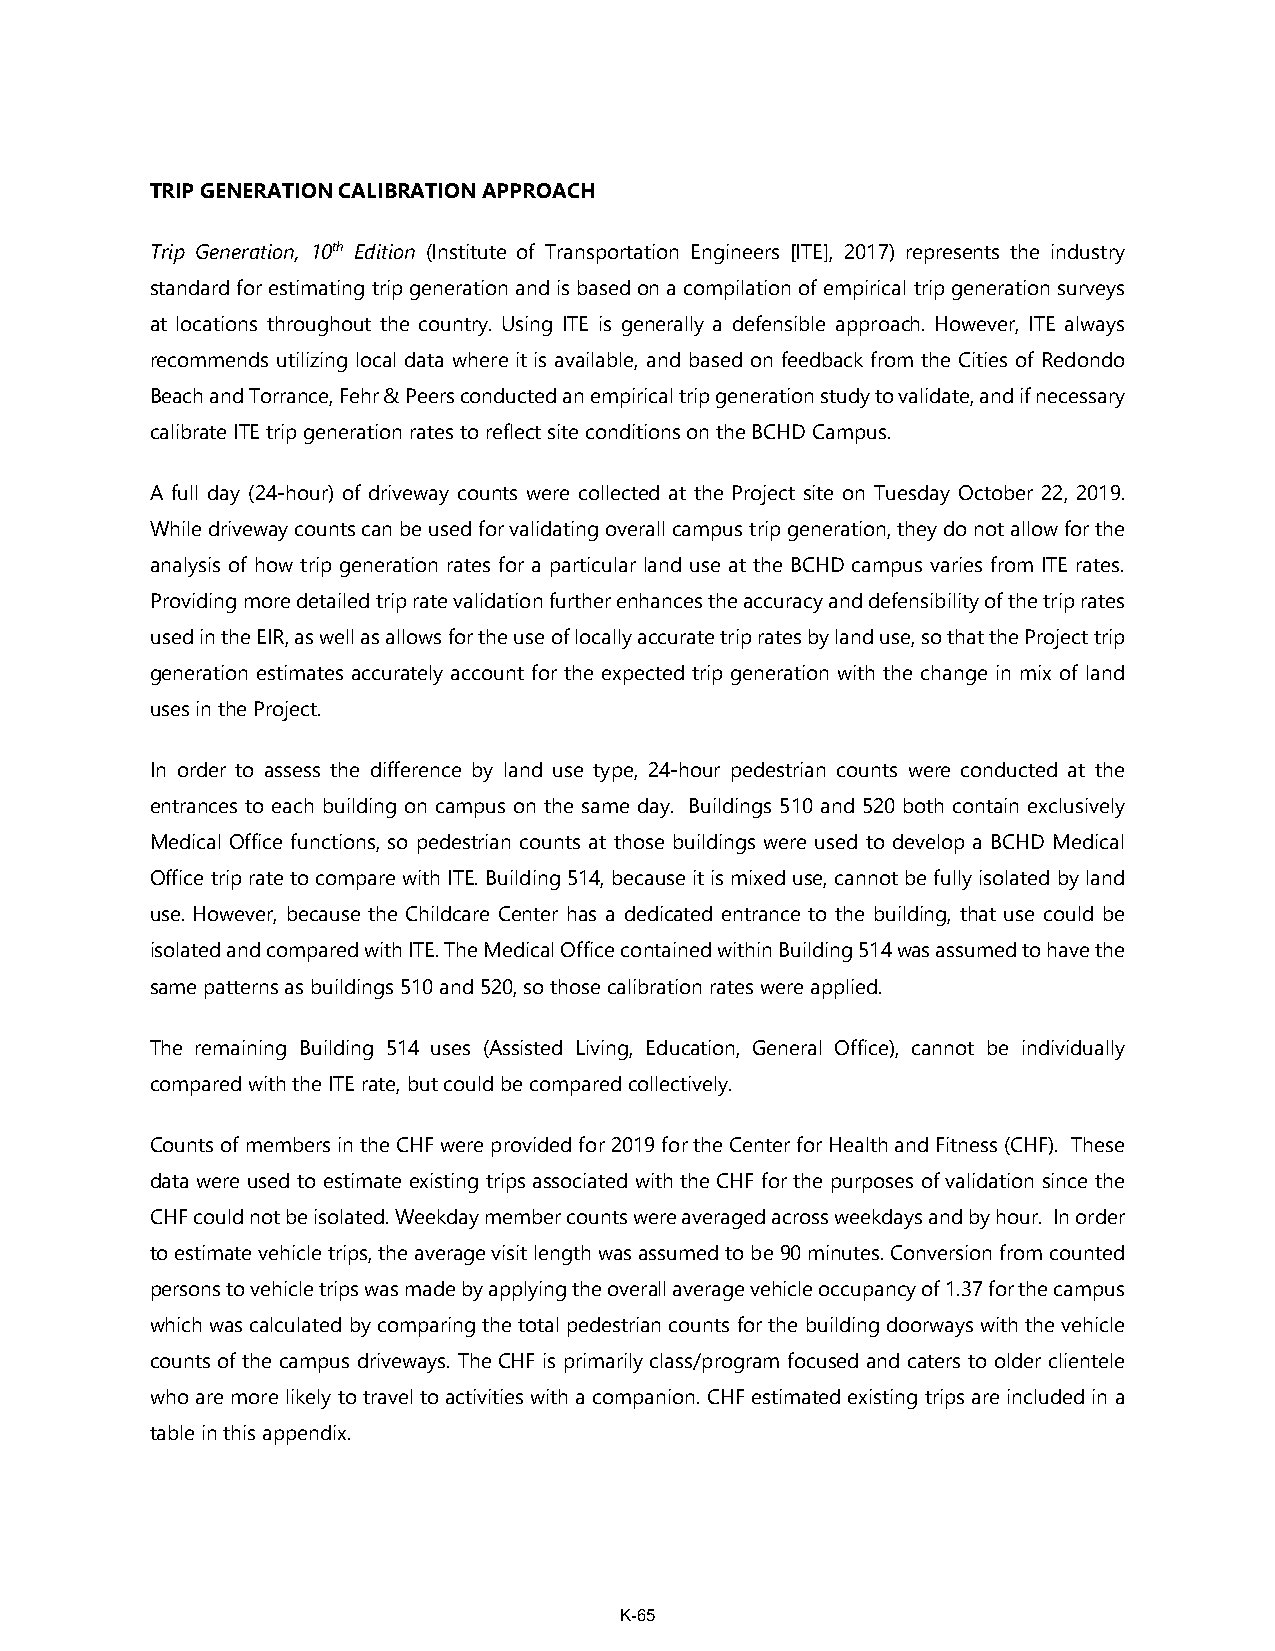
TRIP GENERATION CALIBRATION APPROACH
 Trip Generation, 10th Edition (Institute of Transportation Engineers [ITE], 2017) represents the industry
 standard for estimating trip generation and is based on a compilation of empirical trip generation surveys
 at locations throughout the country. Using ITE is generally a defensible approach. However, ITE always
 recommends utilizing local data where it is available, and based on feedback from the Cities of Redondo
 Beach and Torrance, Fehr & Peers conducted an empirical trip generation study to validate, and if necessary
 calibrate ITE trip generation rates to reflect site conditions on the BCHD Campus.
 A full day (24-hour) of driveway counts were collected at the Project site on Tuesday October 22, 2019.
 While driveway counts can be used for validating overall campus trip generation, they do not allow for the
 analysis of how trip generation rates for a particular land use at the BCHD campus varies from ITE rates.
 Providing more detailed trip rate validation further enhances the accuracy and defensibility of the trip rates
 used in the EIR, as well as allows for the use of locally accurate trip rates by land use, so that the Project trip
 generation estimates accurately account for the expected trip generation with the change in mix of land
 uses in the Project.
 In order to assess the difference by land use type, 24-hour pedestrian counts were conducted at the
 entrances to each building on campus on the same day. Buildings 510 and 520 both contain exclusively
 Medical Office functions, so pedestrian counts at those buildings were used to develop a BCHD Medical
 Office trip rate to compare with ITE. Building 514, because it is mixed use, cannot be fully isolated by land
 use. However, because the Childcare Center has a dedicated entrance to the building, that use could be
 isolated and compared with ITE. The Medical Office contained within Building 514 was assumed to have the
 same patterns as buildings 510 and 520, so those calibration rates were applied.
 The remaining Building 514 uses (Assisted Living, Education, General Office), cannot be individually
 compared with the ITE rate, but could be compared collectively.
 Counts of members in the CHF were provided for 2019 for the Center for Health and Fitness (CHF). These
 data were used to estimate existing trips associated with the CHF for the purposes of validation since the
 CHF could not be isolated. Weekday member counts were averaged across weekdays and by hour. In order
 to estimate vehicle trips, the average visit length was assumed to be 90 minutes. Conversion from counted
 persons to vehicle trips was made by applying the overall average vehicle occupancy of 1.37 for the campus
 which was calculated by comparing the total pedestrian counts for the building doorways with the vehicle
 counts of the campus driveways. The CHF is primarily class/program focused and caters to older clientele
 who are more likely to travel to activities with a companion. CHF estimated existing trips are included in a
 table in this appendix.
 K-65